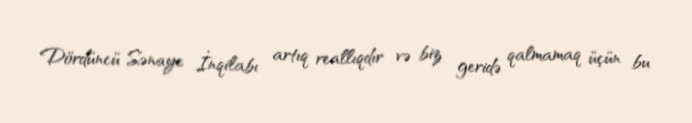
Dördüncü Sənaye İnqilabı artıq reallıqdır və biz geridə qalmamaq üçün bu